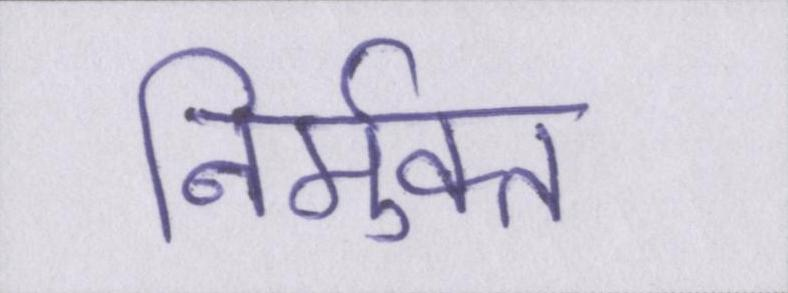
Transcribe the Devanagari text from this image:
निर्मुक्त